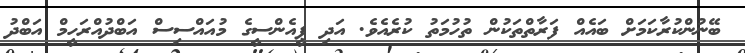
ބޭނުންކުރާކަމަށް ބައެއް ފަރާތްތަކުން ތުހުމަތު ކުރެއެވެ. އަދި ޕީއެންސީގެ މުއައްސިސް އަބްދުއްރަހީމް އަބްދު